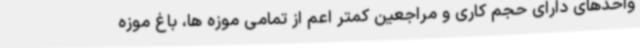
واحدهای دارای حجم کاری و مراجعین کمتر اعم از تمامی موزه ها، باغ موزه